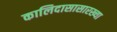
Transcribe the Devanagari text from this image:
कालिदासासारख्या